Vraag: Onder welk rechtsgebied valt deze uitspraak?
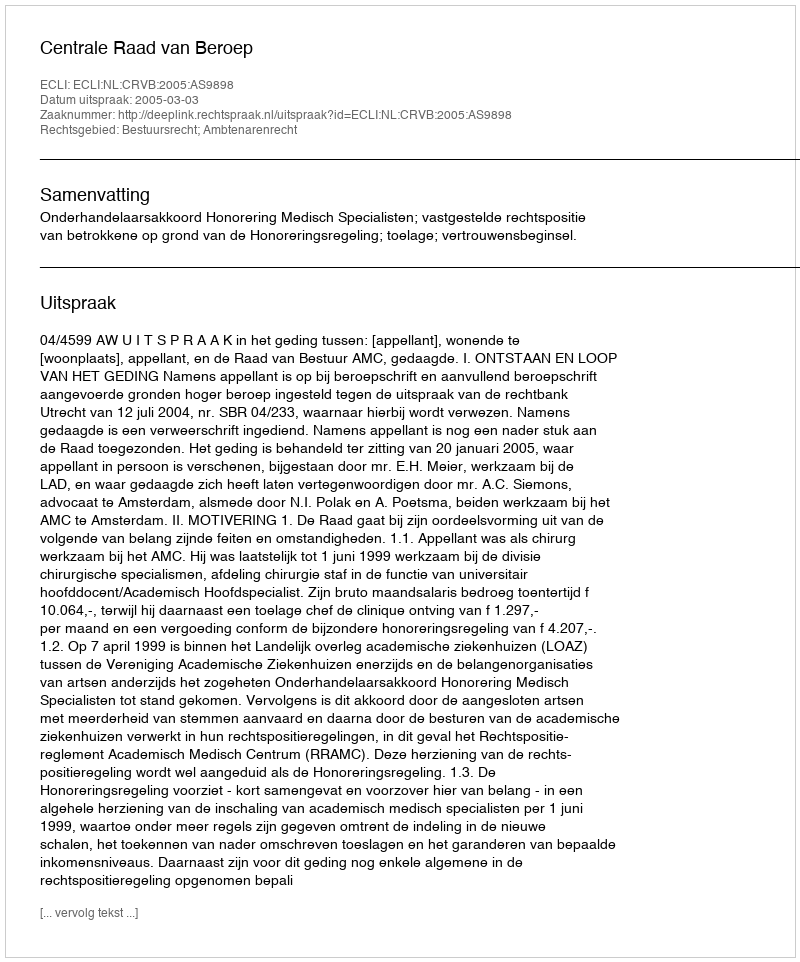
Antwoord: Bestuursrecht; Ambtenarenrecht